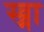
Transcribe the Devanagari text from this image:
स्व्र्ना